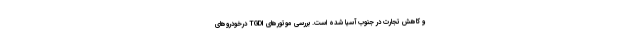
و کاهش تجارت در جنوب آسیا شده است. بررسی موتورهای TGDI درخودروهای